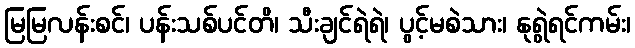
မြမြလန်းစင်၊ ပန်းသစ်ပင်တိ၊ သီးချင်ရဲရဲ၊ ပွင့်မစဲသား၊ နုရွဲရင်ကမ်း၊